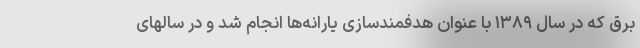
برق که در سال ۱۳۸۹ با عنوان هدفمندسازی یارانه‌ها انجام شد و در سالهای